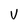
Character: V